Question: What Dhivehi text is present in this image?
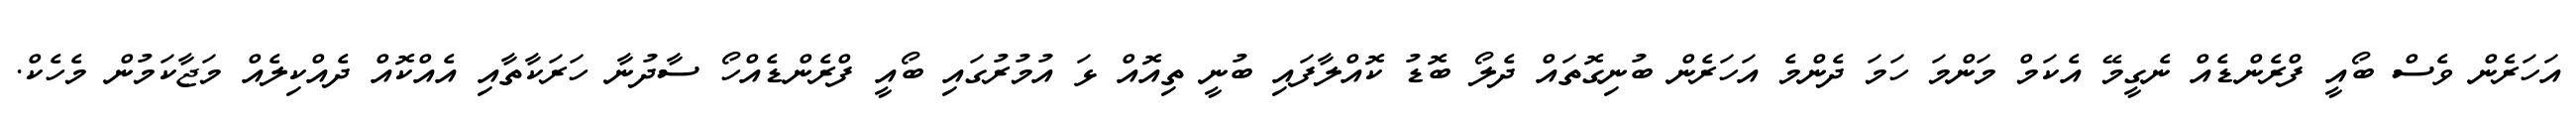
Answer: އަހަރެން ވެސް ބޯއީ ފްރެންޑެއް ނެގީމޭ އެކަމް މަންމަ ހަމަ ދެންމެ އަހަރެން ބުނިގޮތައް ދެލޯ ބޮޑު ކޮއްލާފައި ބުނީ ތިއޮއް ޅަ އުމުރުގައި ބޯއީ ފްރެންޑެއްހޯ ސާދުނާ ހަރަކާތާއި އެއްކޮއް ދެއްކިލެއް މަޖާކަމުން މެހެކް.